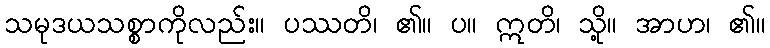
သမုဒယသစ္စာကိုလည်း။ ပဿတိ၊ ၏။ ပ။ ဣတိ၊ သို့။ အာဟ၊ ၏။